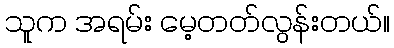
သူက အရမ်း မေ့တတ်လွန်းတယ်။